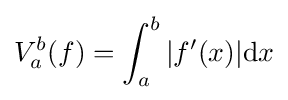
V_{a}^{b}(f)=\int _{a}^{b}|f'(x)|\mathrm {d} x